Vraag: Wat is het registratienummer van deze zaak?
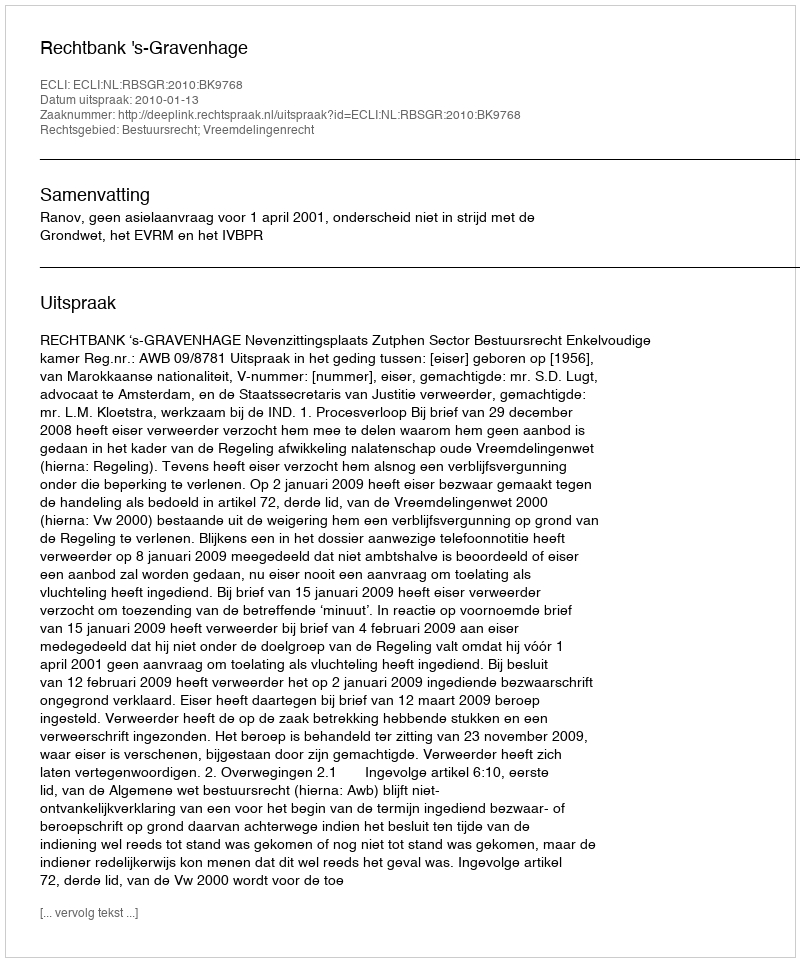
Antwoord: http://deeplink.rechtspraak.nl/uitspraak?id=ECLI:NL:RBSGR:2010:BK9768